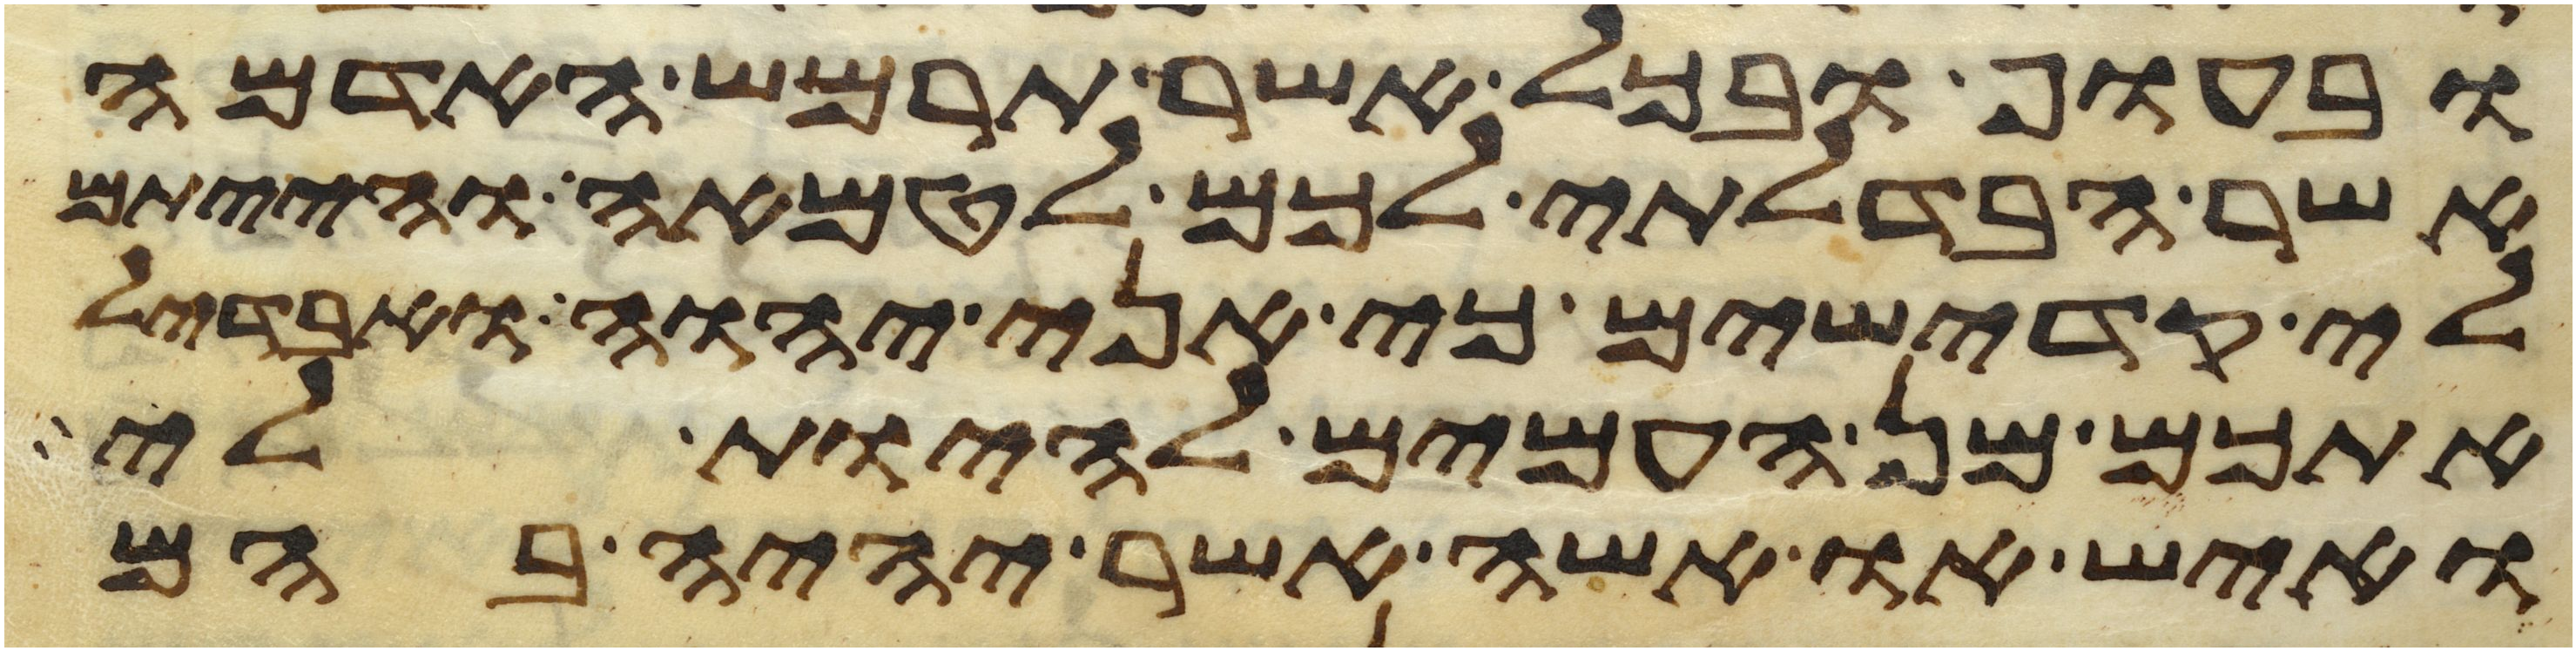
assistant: ובעוף ובכל אשר תרמש האדמה
אשר הבדלתי לכם לטמאה והייתם
לי קדישים כי אני יהוה ואבדיל
אתכם מן העמים להיות לי
ואיש או אשה אשר יהיה בהם